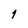
Character: 1